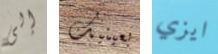
إلى بعينيك ايزي